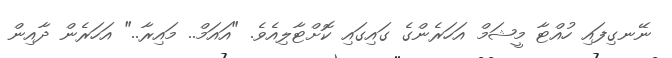
ނޭނގިފައި ހުއްޓާ މީޝަމް އަހަރެންގެ ގައިގައި ކޮށްޓާލިއެވެ. "އައަމް.. މައިރާ.." އަހަރެން ދާއިން